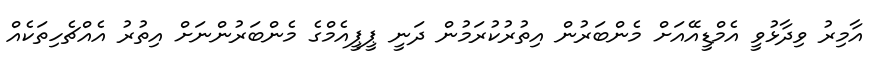
އާމިރު ވިދާޅުވީ އެމްޑީއޭއަށް މެންބަރުން އިތުރުކުރަމުން ދަނީ ޕީޕީއެމްގެ މެންބަރުންނަށް އިތުރު އެއްޗެހިތަކެއް